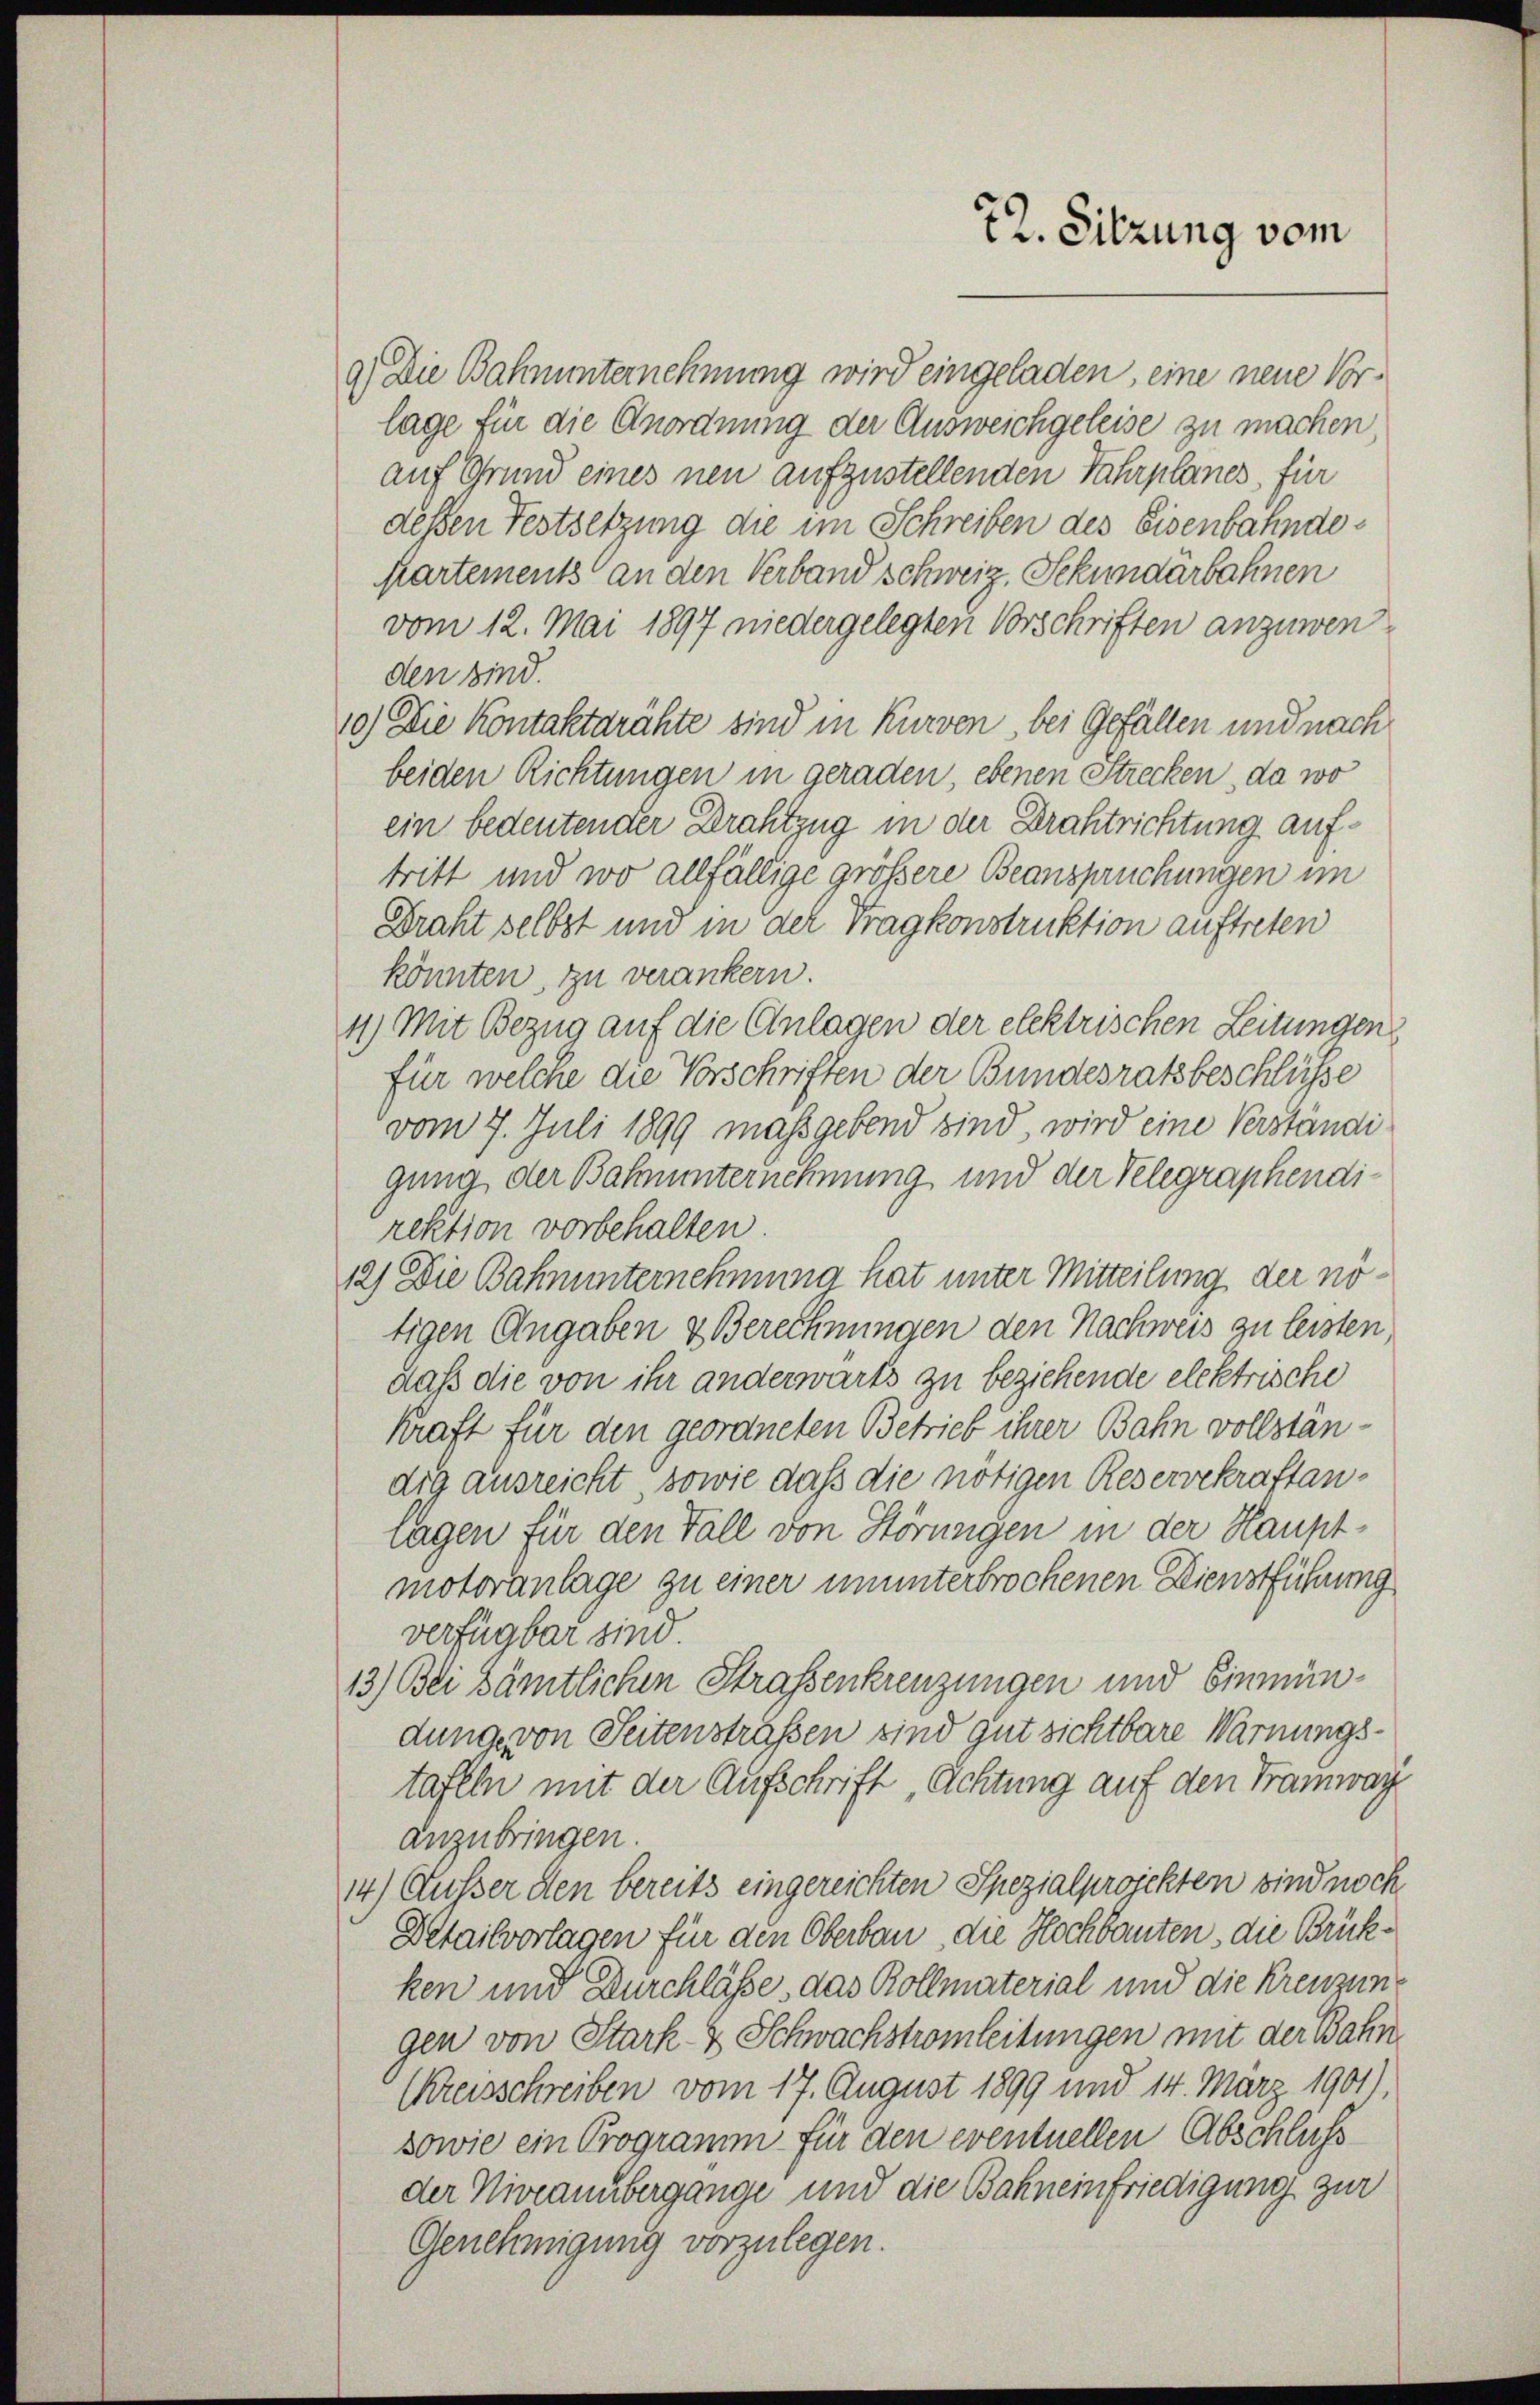
9) Die Bahnunternehmung wird eingeladen, eine neue Vorlage für die Anordnung der Ausweichgeleise zu machen
auf Grund eines neu aufzustellenden Fahrplanes, für
dessen Festsetzung die im Schreiben des Eisenbahnde¬
Kartements an den Verband schweiz. Sekundärbahnen
vom 12. Mai 1897 niedergelegten Vorschriften anzuwenden sind.
10) Die Kontaktarähte sind in Kurven, bei Gefällen und nach
beiden Richtungen in geraden, ebenen Strecken, da wo
ein bedeutender Drahtzug in der Brahtrichtung auftritt und wo allfällige größere Beanspruchungen im
Draht selbst und in der Tragkonstruktion auftreten
könnten, zu verankern.
41.) Mit Bezug auf die Einlagen der elektrischen Leitungen
für welche die Vorschriften der Bundesratsbeschlüsse
vom 7. Juli 1899 maßgebend sind, wird eine Verständi
gung der Bahnunternehmung und der Telegraphendirektion vorbehalten
12) Die Bahnunternehmung hat unter Mitteilung der nötigen Angaben & Berechnungen den Nachweis zu leisten,
daß die von ihr anderwärts zu beziehende elektrische
kraft für den geordneten Betrieb ihrer Bahn vollständig ausreicht sowie daß die nötigen Reservekraftanlagen für den Fall von Störungen in der Hauptmotoranlage zu einer ununterbrochenen Dienstführung
verfügbar sind.
13.) Bei sämtlichen Strassenkreuzungen und Einmündung von Seitenstraßen sind gut sichtbare Warnungstafeln mit der Aufschrift „Achtung auf den Tramway
anzubringen.
14) Außer den bereits eingereichten Spezialprojekten sind noch
Detailvorlagen für den Oberbau, die Hochbauten, die Brückken und Durchlässe, das Kollmaterial und die Kreuzungen von Stark- & Schwachstromleitungen mit der Bahn
Ckreisschreiben vom 17. August 1899 und 14. März 1901),
sowie ein Programm für den eventuellen Abschluss
der Niveauübergange und die Bahneinfriedigung zur
Genehmigung vorzulegen.

72. Sitzung vom